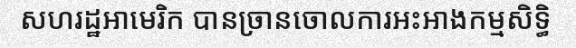
សហរដ្ឋអាមេរិក បានច្រានចោលការអះអាងកម្មសិទ្ធិ